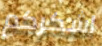
اشكركم